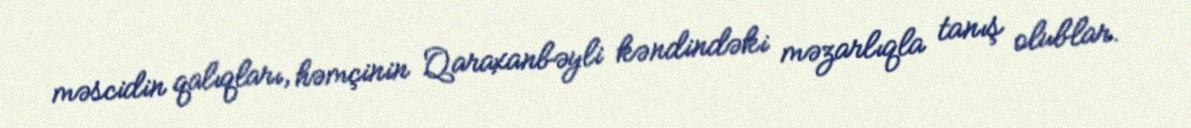
məscidin qalıqları, həmçinin Qaraxanbəyli kəndindəki məzarlıqla tanış olublar.